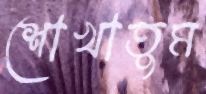
শোখাতুম